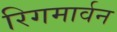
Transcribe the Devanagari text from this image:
रिगमार्वन